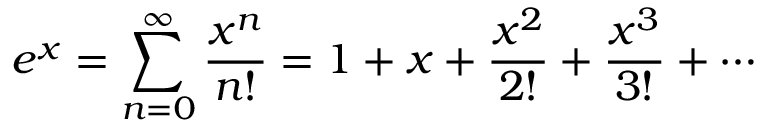
e ^ { x } = \sum _ { n = 0 } ^ { \infty } { \frac { x ^ { n } } { n ! } } = 1 + x + { \frac { x ^ { 2 } } { 2 ! } } + { \frac { x ^ { 3 } } { 3 ! } } + \cdots